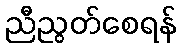
ညီညွတ်စေရန်